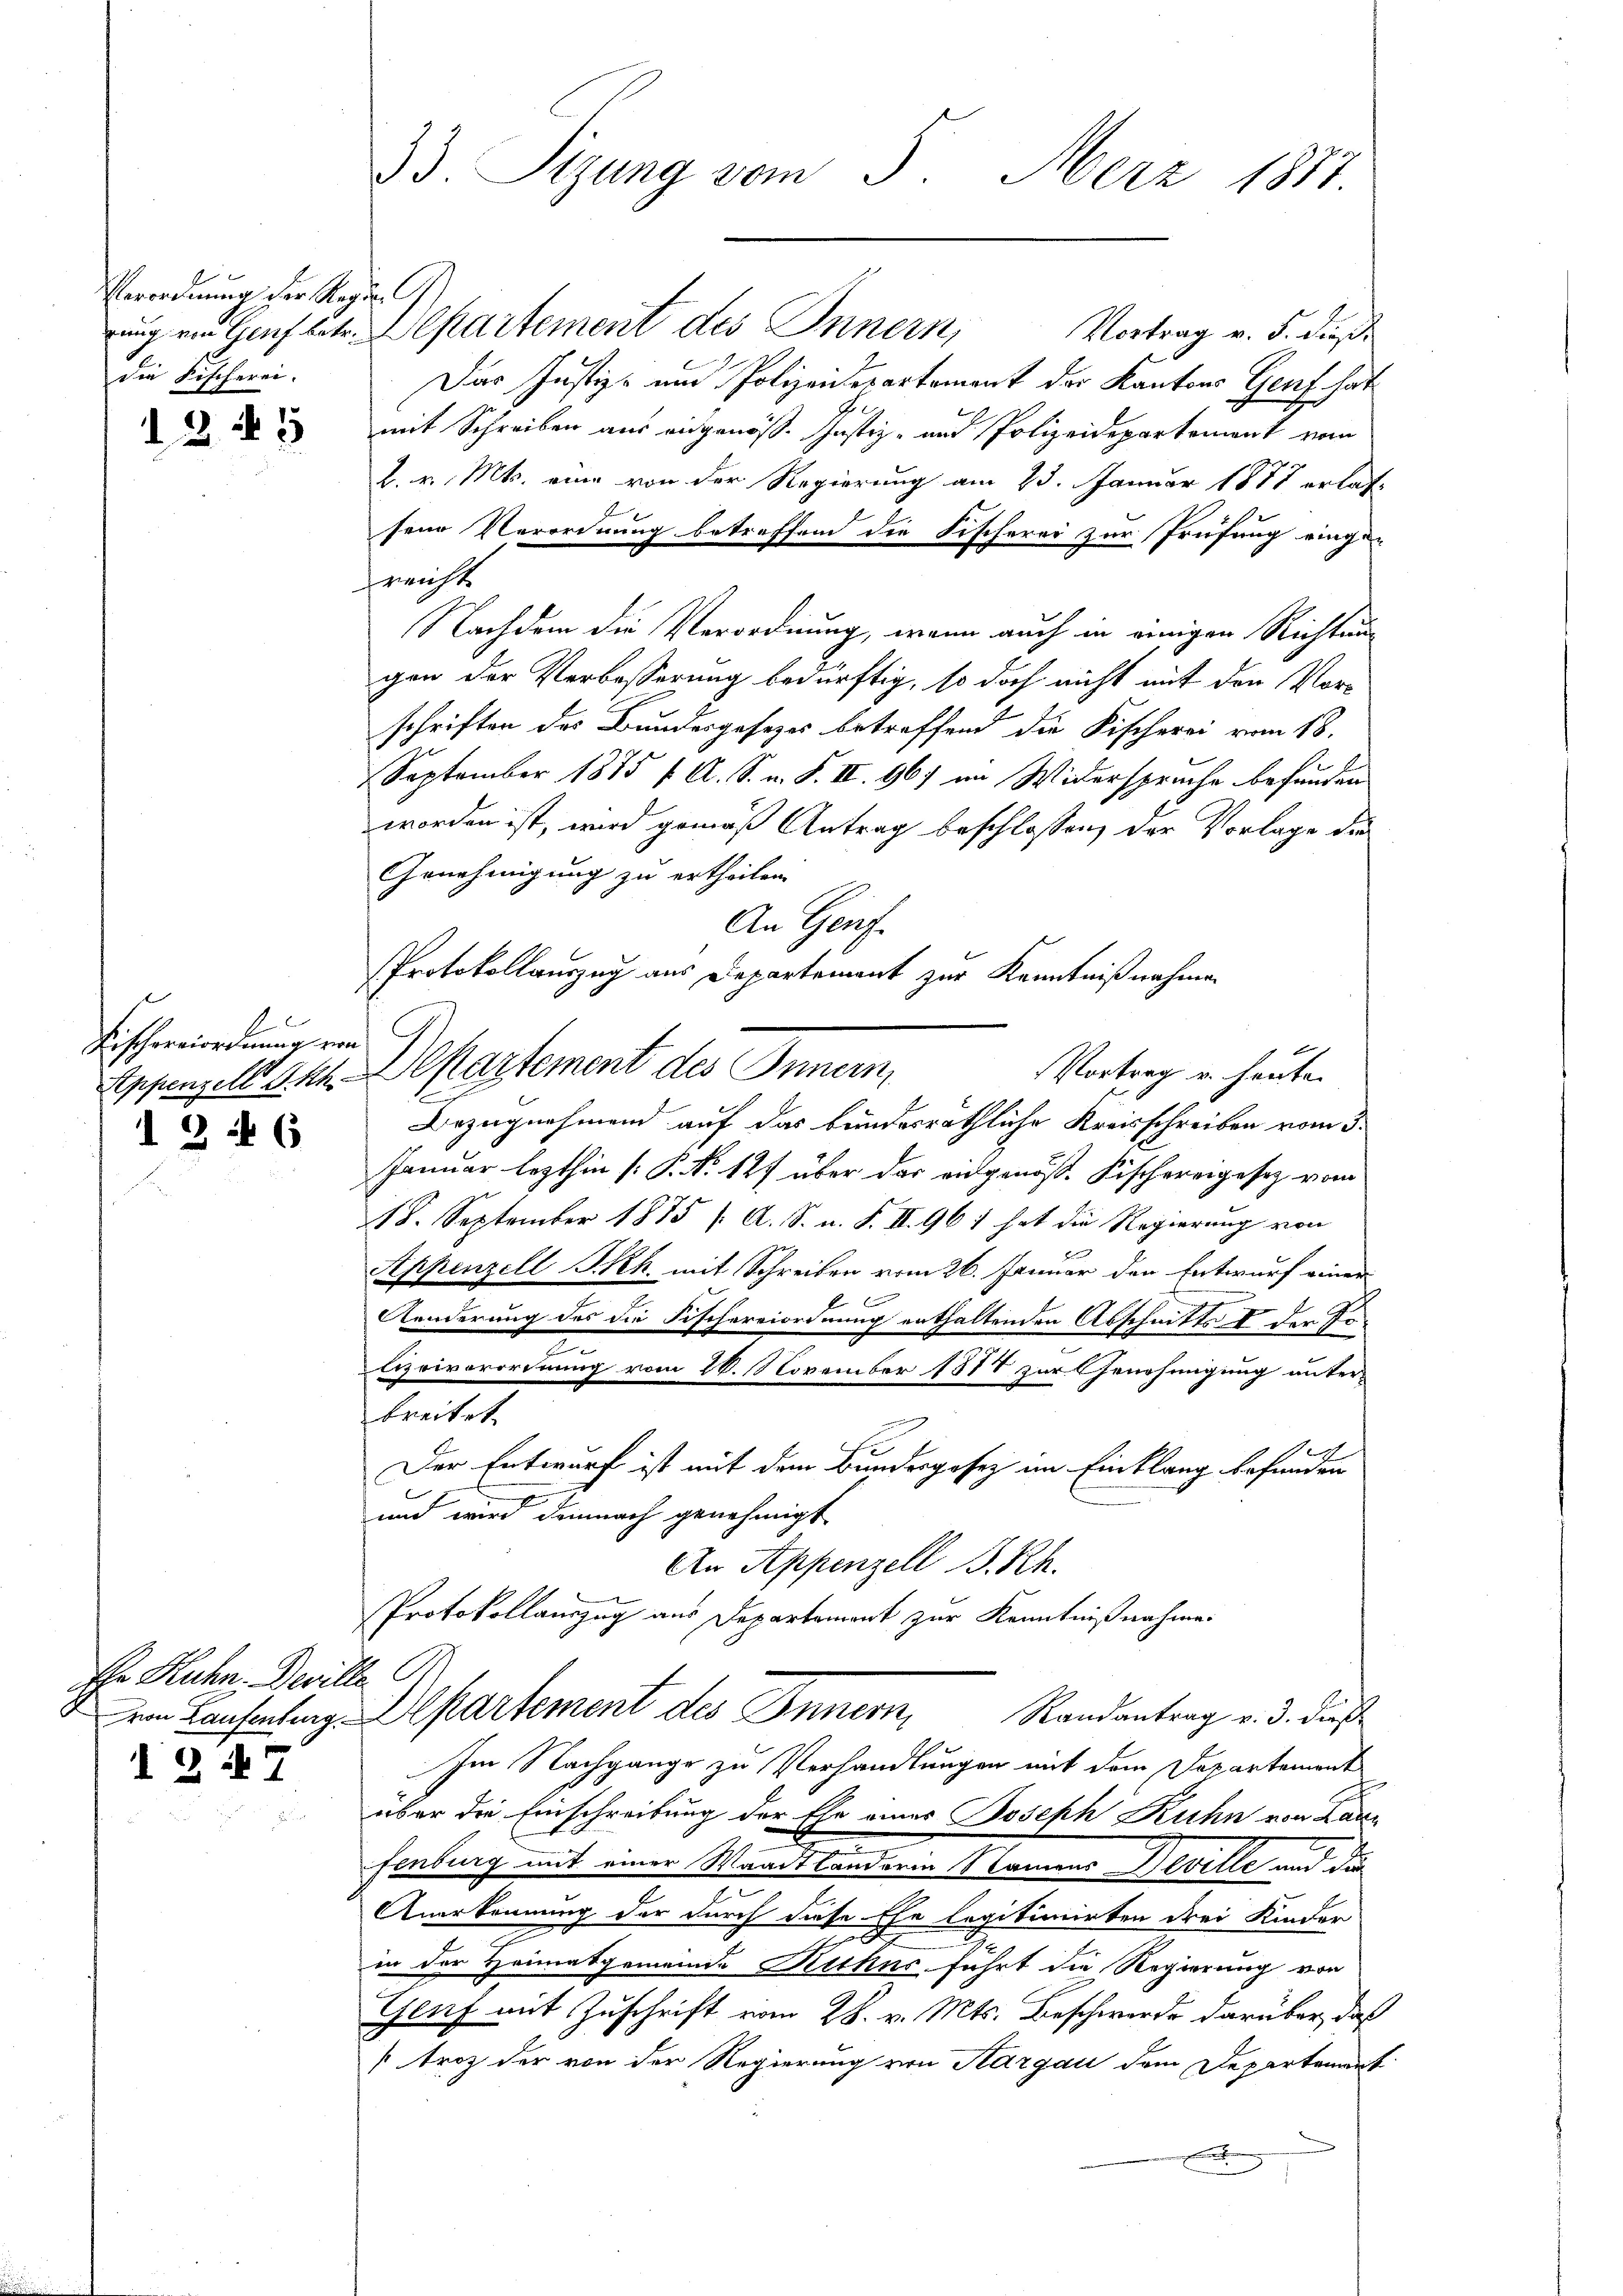
Verordnung der Regien C
die Fischerei.

2. 45

d
Fischereiordnung von

1 346

Ehr Ruhn. Deville

1 247

33. Sizung vom 5. März 1881

ung von Genf betr. Separtement des Innern, Vortrag v. 5. dieß¬
Der Justiz- und Polizeidepartement der Kantons Genf hat
mit Schreiben aus angenöß. Justiz- und Polizeidepartement vom
2. v. Mts. eine von der Regierung am 25. Januar 1877 erlas-
sene Verordnung betreffend die Fischerer zur Prüfung einge-
reicht
Nachdem die Verordnung, wenn auch in einigen Richtung
gen der Verbesserung bedürftig, so doch nicht mit den Vorschriften des Bundesgesezes betreffend die Fischerei vom 18.
September 1875 f. A. S. n. F. II. 96) im Widerspruche befunden
worden ist, wird gemäß Antrag beschlossen, der Vorlage die
Genehmigung zu ertheilen.
An Genf.
Appenzell Akt. Departement des Innern,
Bezugnehmend auf das bundesräthliche Kreisschreiben vom 3.
Januar lezthin [P. Nr. 127 über das eidgenöss. Fischereigesez vom
18. September 1875 /A. S. u. F. II. 961 hat die Regierung von
Appenzell SRh. mit Schreiben vom 26. Januar den Entwurf einer
f
E
Aenderung des die Fischereiordnung enthaltenden Abschnitts an der¬
2
lizeiverordnung vom 26. November 1887 zur Genehmigung unter-
breitet.
Der Entwurf ist mit dem Bundesgesez im Einklang befunden
und wird demnach genehmigt
An Appenzell I.Rh.
Protokollauszug aus Departement zur Kenntnißnahme
von Laufenfang Alkartement des Innern, Randantrag v. 3. dieß
Im Nachgange zu Verhandlungen mit dem Departement
über die Einschreibung der Ehe eines Joseph Kuhn von Kanz
fenburg mit einer Waadtländeren Namens Deville und die
Anerkennung der durch diese Ehe legitimirten drei Kinder
in der Heimatgemeinde Ruthnc führt die Regierung von
Genf mit Zuschrift vom 28. v. Mts. Beschwerde darüber, daß
troz der von der Regierung von Aargau dem Departement
n

Protokollauszug aus Departement zur Kenntnißnahmen
f
Vortrag u. heute